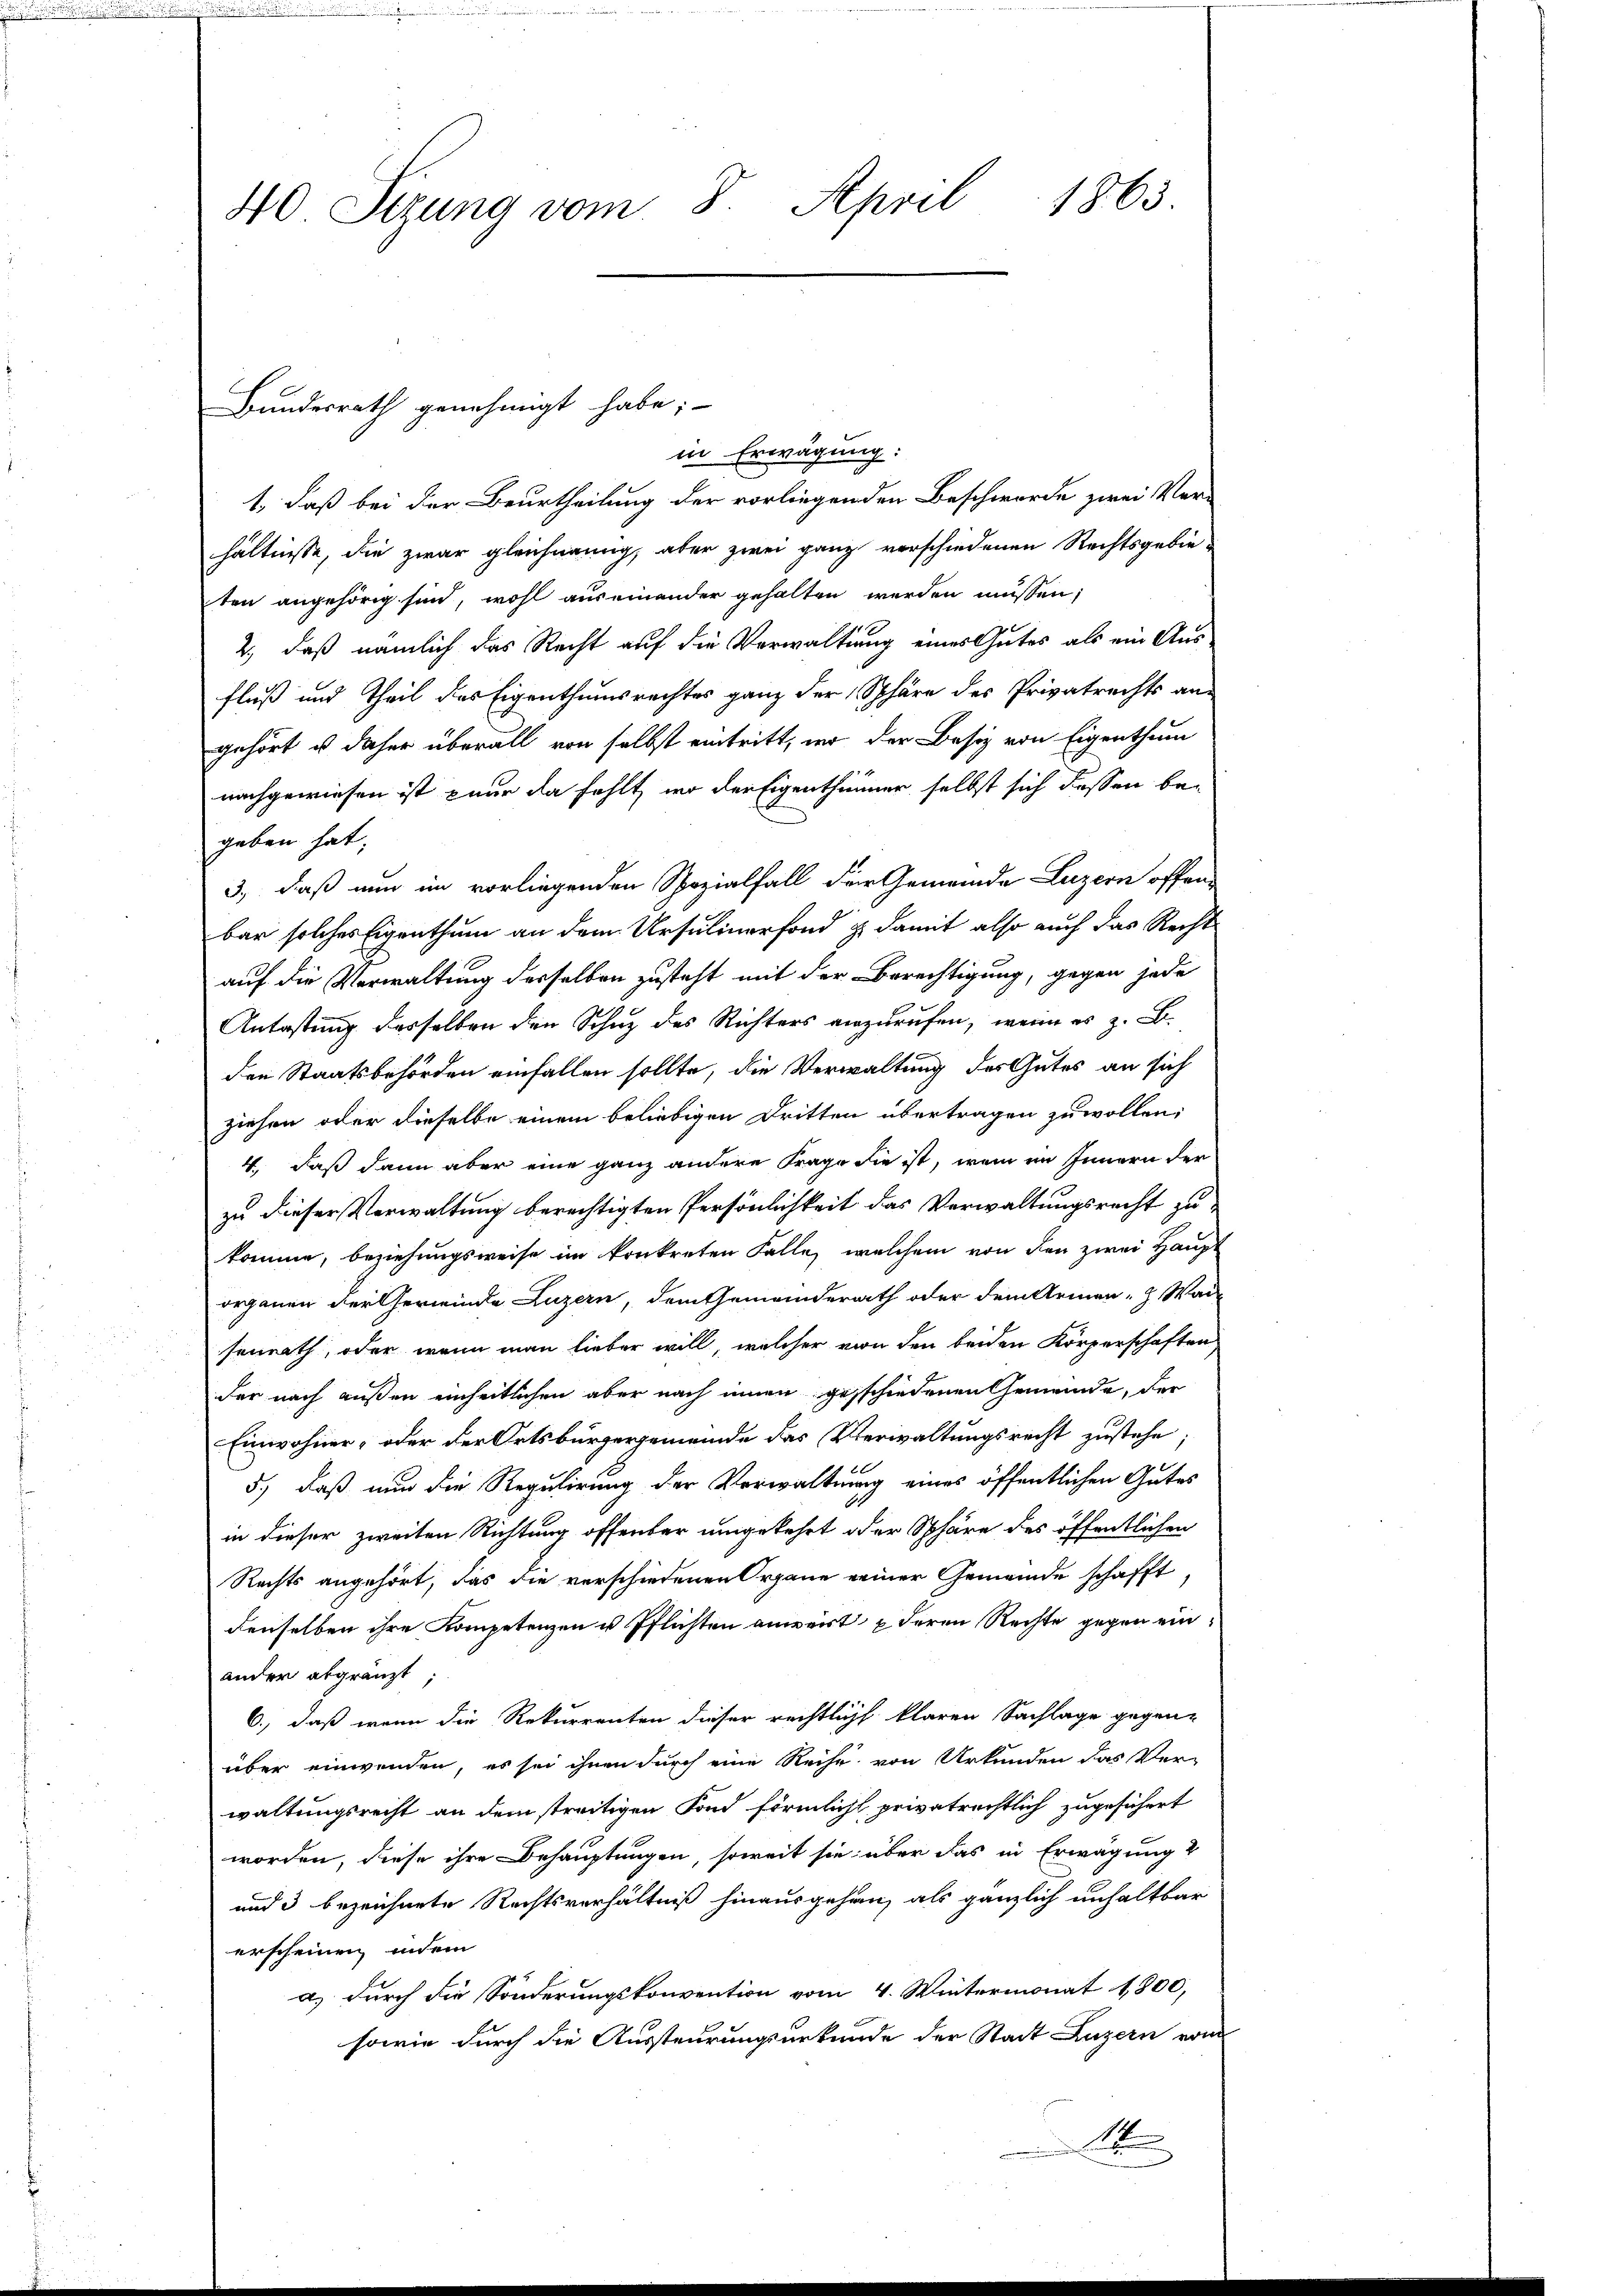
40 Sizung vom 8. April 1863.

Bundesrath genehmigt habe;

in Erwägung:
1., daß bei der Beurtheilung der vorliegenden Beschworde zwei Ver-
hältnisse, die zwar gleichnung, aber zwei ganz verschiedenen Rechtsgebieten angehörig sind, wohl auseinander gehalten werden müssen;
2., daß nämlich das Recht auf die Verwaltung eines Gutes als ein Aus
fluß und Theil des Eigenthumsrechtes ganz der Sphäre des Privatrechts an-
gehört u daher überall von selbst eintritt, wo der Besiz von Eigenthum
nachgewiesen ist nur da fehlt, wo der Eigenthümer selbst sich dessen be-
geben hat,
3., daß nun im vorliegenden Spezialfall der Gemeinde Luzern offene
bar solches Eigenthum an dem Ursuliner fond & damit also auch das Recht
auf die Verwaltung desselben zusteht mit der Berechtigung, gegen jede
Antastung desselben den Schuz des Richters anzurufen, wenn es z. B.
den Staatsbehörden einfallen sollte, die Verwaltung des Gutes an sich
ziehen oder dieselbe einem beliebigen Dritten übertragen zu wollen;
4. daß dann aber eine ganz andere Frage die ist, wem im Innern der
zu dieser Verwaltung berechtigten Persönlichkeit das Verwaltungsrecht zu
komme, beziehungsweise im konkreten Falle, welchem von den zwei Haupt
organen der Gemeinde Luzern, dem Gemeinderath oder dem Armen - Wai
senrath, oder wenn man lieber will, welcher von den beiden Körperschaften
der nach außen einheitlichen aber nach innen geschiedenen Gemeinde, der
Einwohner- oder der Ortsbürgergemeinde das Verwaltungsrecht zustehe
5.) daß nun die Regulirung der Verwaltung eines öffentlichen Gutes
in dieser zweiten Richtung offenbar umgekehrt oder Sphäre des öffentlichen
Rechts angehört, das die verschiedenen Organe einer Gemeinde schafft,
denselben ihre Kompetenzen u Pflichten anweist deren Rechte gegen einander abgränzt
6., daß wenn die Rekurrenten dieser rechtlicht klaren Sachlage gegen-
über einwenden, es sei ihnen durch eine Reihe von Urkunden das Ver-
waltungsrecht an dem streitigen Fond förmlicht privatrechtlich zugesichert
worden, diese ihre Behauptungen, soweit sie über das in Erwägung
und 3 bezeichnete Rechtsverhältniß hinausgehen, als gänzlich unhaltbar
erscheinen indem
a.) durch die Sonderungskonvention vom 4. Wintermonat 1800,
sowie durch die Aussteurungsurkunde der Stadt Luzern von
A